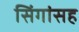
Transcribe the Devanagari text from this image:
सिंगांसह